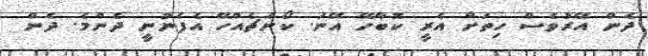
ދެން އޭރުވެސް ހިތަށް އެރީ ކޮބާހޭ އޭނަ. ކޯންޗެއްހޭ އެފެނުނީ ދެންމެ. ދެން